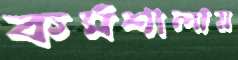
কর্মশালায়